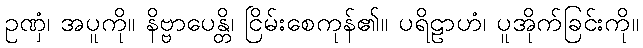
ဥဏှံ၊ အပူကို။ နိဗ္ဗာပေန္တိ၊ ငြိမ်းစေကုန်၏။ ပရိဠာဟံ၊ ပူအိုက်ခြင်းကို။